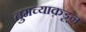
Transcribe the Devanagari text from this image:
तुमच्याक़डून